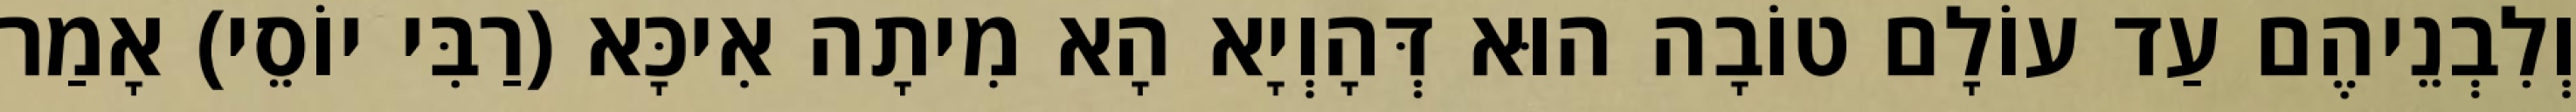
וְלִבְנֵיהֶם עַד עוֹלָם טוֹבָה הוּא דְּהָוְיָא הָא מִיתָה אִיכָּא (רַבִּי יוֹסֵי) אָמַר